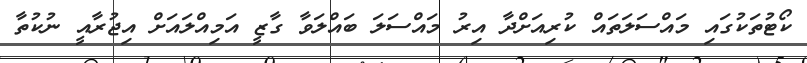
ކޯޓުތަކުގައި މައްސަލަތައް ކުރިއަށްދާ އިރު މައްސަލަ ބައްލަވާ ގާޒީ އަމިއްލައަށް އިޖުރާއީ ނުކުތާ